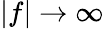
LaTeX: |f|\rightarrow\infty